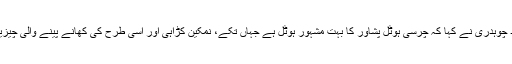
جس پر فواد چوہدری نے کہا کہ چرسی ہوٹل پشاور کا بہت مشہور ہوٹل ہے جہاں تکے، نمکین کڑاہی اور اسی طرح کی کھانے پینے والی چیزیں ملتی ہیں۔